[Report on the health of British troops in the Madras command]
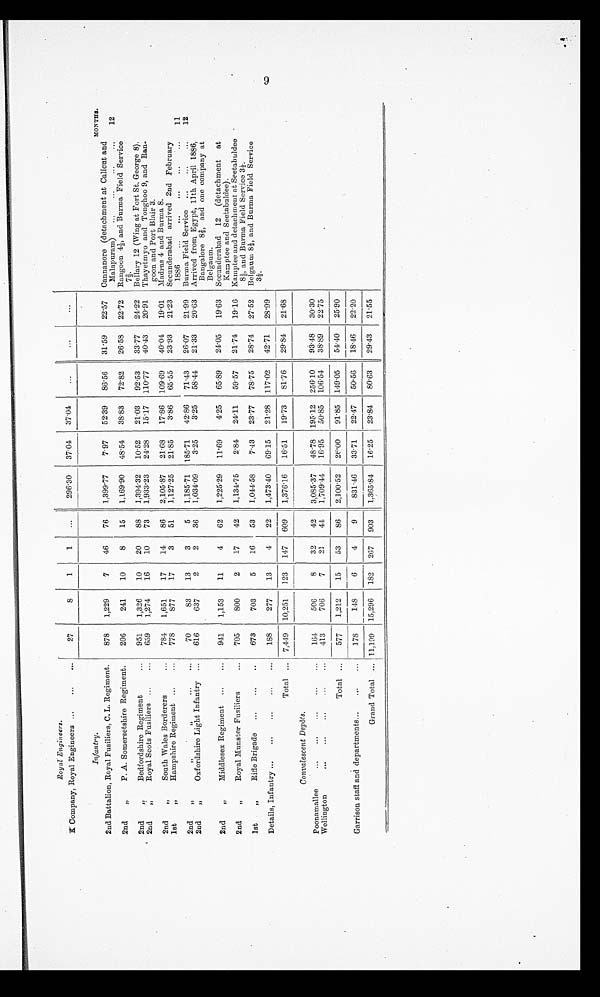
Royal Engineers.
...
27
8
1
1
...
296.30 37.04 37.04
...
...
...
K Company, Royal Engineers ...
...
Infantry.
878
1,229
7
46
76 1,399.77
7.97
52.39 86.56
31.59 22.57 Cannanore (detachment at Calicut and
MONTHS.
12
2nd Battalion, Royal Fusiliers, C. L. Regiment.
Malapuram)
2nd
„
P. A. Somersetshire Regiment.
206
241
10
8
15 1,169.90 48.54 38.83 72.82
26.58
22.72 Rangoon 41/3, and Burma Field Service
72/3.
2nd
„
Bedfordshire Regiment
...
951
1,326
10
20
88
1,394.32
10.52
21.03
92.53
33.77 24.22 Bellary 12 (Wing at Fort St. George 8).
2nd ,,
Royal Scots Fusiliers ...
...
659
1,274
16
10
73 19033.23 24.28
15.17 110.77
40.4.3 20.91 Thayetmyo and Tonghoo 9, and Ran.
goon and Port Blair 3.
2nd
„
South Wales Borderers
...
784
1,651
17
14
86
2,105.87
21.08 17.386 109.69
40.04
19.01 Madras 4 and Burma 8.
lst
„
Hampshire Regiment ...
...
778
877
17
3
51 1,127.25 21.85
3.86 65.55
23.93
21.23 Secunderabad arrived 2nd February
1886
...
...
...
...
...
11
2nd
, ,
,,
,, ...
...
70
83
13
3
5
1,185.71 185.71
42.86
71.43
26.07
21.99 Burma Field Service ...
...
...
12
2nd
„
Oxfordshire Light Infantry ...
616
637
2
2
36
1 , 0 3 4 . 0 9
3.25
3 . 2 5
58.44
21.33
20.63 Arrived from Egypt, 11th April 1886,
Bangalore 82/3, a n d o n e c o m p a n y a t
Belgaum.
2nd
„
Middlesex Regiment ...
...
941
1,153
11
4
62 1,225.29 11.69
4.25 65.89
24.05 19.63 Secunderabad 12 (detachment at
Kam pee and Seetabuldee).
2nd
„
Royal Munster Fusiliers
...
705
800
2
17
42 1,134.75
2.84 24.11 59.57 21.74 19.16 Kamptee and detachment at Seetabuldee
8 1/2, and Burma Field Service 31/2
1st
„
Rifle Brigade ...
...
..
673
703
5
16
53 1,04458
7.43
23.77
78.75
28.74 27.52 Belgaum 81/2 and Burma Field Service
31/2.
Details, Infantry ...
...
...
...
...
188
277
13
4
22
1,473.40 69.15 21.28 117.02
42.71
28.99
Total ,.. 7,449 10,251 123 147 609 1,376.16 16.51 19.73 81.76
29.84 21.68
Convalescent Depòts,
...
164
506
8
32
42
3,085.37
48.78 195.12 256.10
93.48 30.30
Poonamallee
...
...
...
...
Wellington
...
...
...
...
...
413
706
7
21
41 1,709.44 16.95 50.85 106.54
38.89
22.75
Total ...
577
1,212
15
53
86
2,100.52
26.00
91.85 149.05
51.40
25.20
Garrison staff and departments...
...
...
178
148
6
4
9
831.46 33.71 22.47 50.56
18.46
22.20
Grand Total ... 11,199
1 5 , 2 9 6
182 267 903
1,365.84 16.25 23.84
80.63
29.43 21.55
9